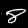
Digit: 8